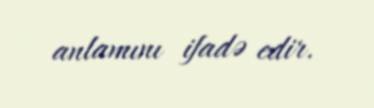
anlamını ifadə edir.